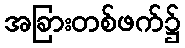
အခြားတစ်ဖက်၌